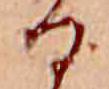
る